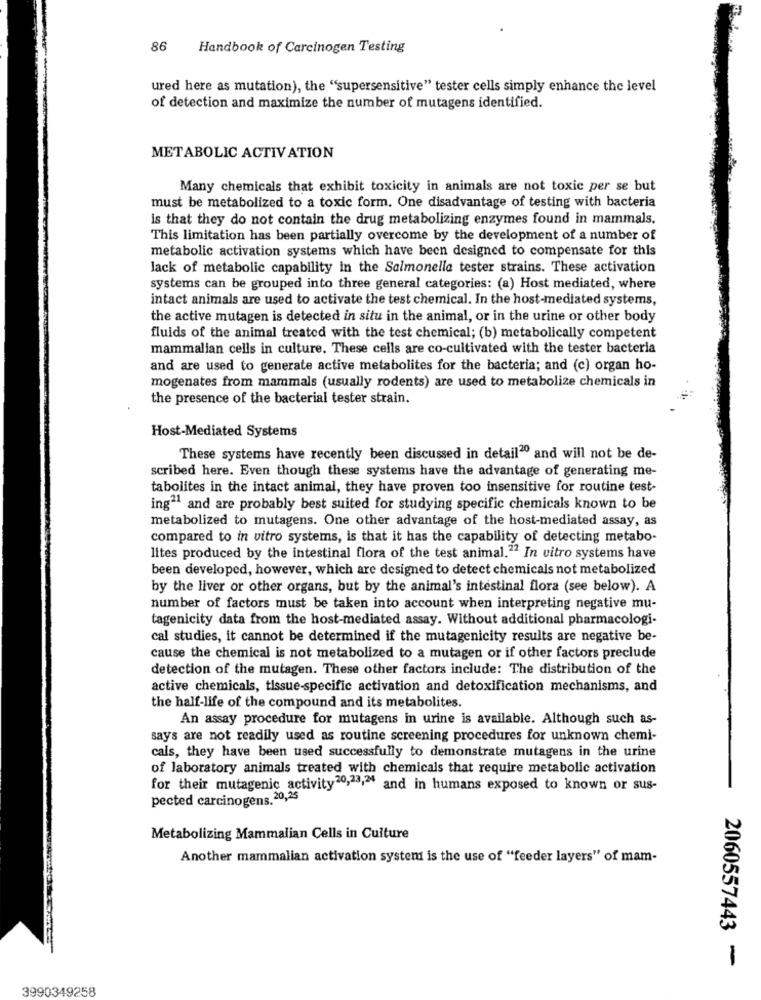
86
Handbook of Carcinogen Testing
ured here as mutation), the "supersensitive" tester cells simply enhance the level
of detection and maximize the number of mutagens identified.
METABOLIC ACTIVATION
Many chemicals that exhibit toxicity in animals are not toxic per se but
must be metabolized to a toxic form. One disadvantage of testing with bacteria
is that they do not contain the drug metabolizing enzymes found in mammals.
This limitation has been partially overcome by the development of a number of
metabolic activation systems which have been designed to compensate for this
lack of metabolic capability in the Salmonella tester strains. These activation
systems can be grouped into three general categories: (a) Host mediated, where
intact animals are used to activate the test chemical. In the host-mediated systems,
the active mutagen is detected in situ in the animal, or in the urine or other body
fluids of the animal treated with the test chemical; (b) metabolically competent
mammalian cells in culture. These cells are co-cultivated with the tester bacteria
and are used to generate active metabolites for the bacteria; and (c) organ ho-
mogenates from mammals (usually rodents) are used to metabolize chemicals in
the presence of the bacterial tester strain.
Host-Mediated Systems
These systems have recently been discussed in detail"0 and will not be de-
scribed here. Even though these systems have the advantage of generating me-
tabolites in the intact animal, they have proven too insensitive for routine test-
ing" and are probably best suited for studying specific chemicals known to be
metabolized to mutagens. One other advantage of the host-mediated assay, as
compared to in vitro systems, is that it has the capability of detecting metabo-
lites produced by the intestinal flora of the test animal.22 In vitro systems have
been developed, however, which are designed to detect chemicals not metabolized
by the liver or other organs, but by the animal's intestinal flora (see below). A
number of factors must be taken into account when interpreting negative mu-
tagenicity data from the host-mediated assay. Without additional pharmacologi-
cal studies, it cannot be determined if the mutagenicity results are negative be-
cause the chemical is not metabolized to a mutagen or if other factors preclude
detection of the mutagen. These other factors include: The distribution of the
active chemicals, tissue-specific activation and detoxification mechanisms, and
the half-life of the compound and its metabolites.
An assay procedure for mutagens in urine is available. Although such as-
says are not readily used as routine screening procedures for unknown chemi-
cais, they have been used successfully to demonstrate mutagens in the urine
of laboratory animals treated with chemicals that require metabolic activation
for their mutagenic activity20,23," and in humans exposed to known or sus-
pected carcinogens.20,25
Metabolizing Mammalian Cells in Culture
Another mammalian activation systemi is the use of "feeder layers" of mam-
2060557443 -
3990349258